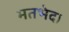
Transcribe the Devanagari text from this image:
मतभेद।